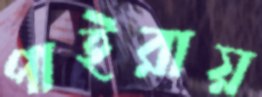
পাইরায়